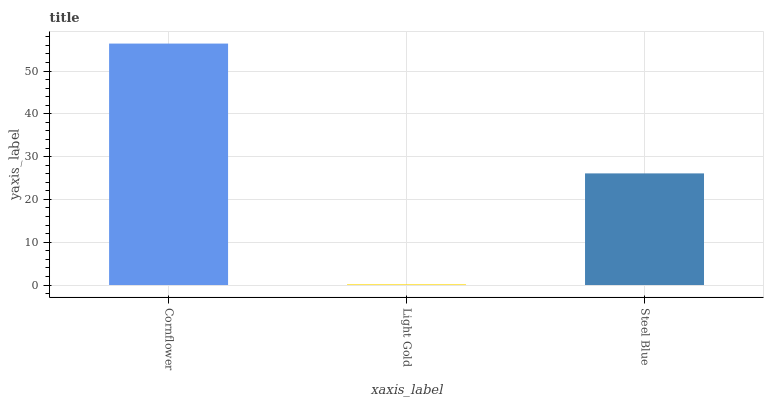
| xaxis_label | bars |
 | --- | --- |
 | Cornflower | 56.4 |
 | Light Gold | 0.153 |
 | Steel Blue | 26.1 |